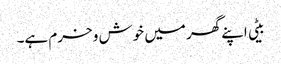
بیٹی اپنے گھر میں خوش و خرم ہے۔